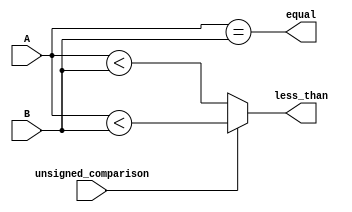
module branch_comp (
  input unsigned_comparison,
  input [31:0] A,
  input [31:0] B,
  output less_than,
  output equal
);
  assign equal = A == B;
  assign less_than = unsigned_comparison ? A < B : $signed(A) < $signed(B);
endmodule